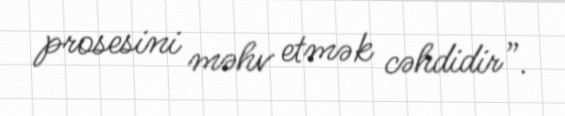
prosesini məhv etmək cəhdidir”.